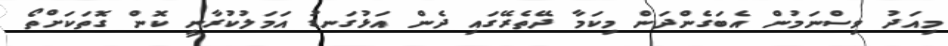
މިއަދު ވިސްނަމުން އެބަގެންދަން މިކަމާ ދޭތެރޭގައި ދެން އަޅުގަނޑު އަމަލުކުރާނީ ކޮން ގޮތަކަށްތޯ